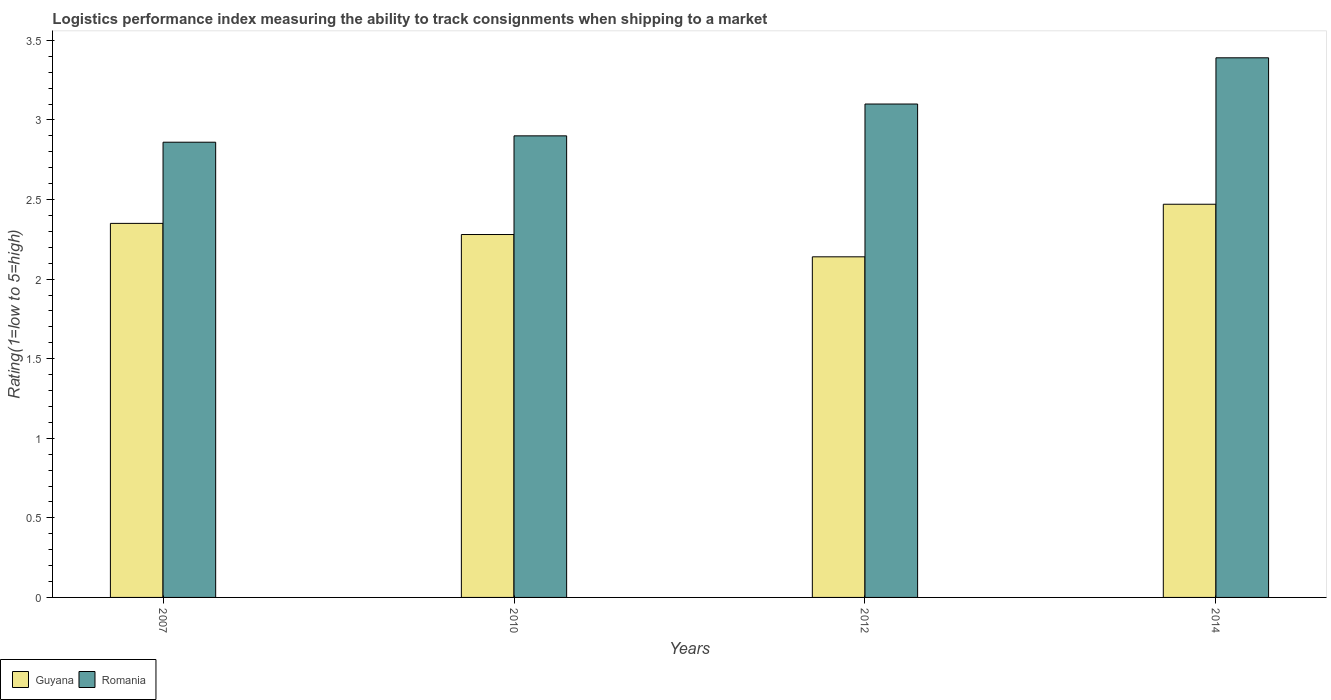
| Years | Guyana | Romania |
 | --- | --- | --- |
 | 2007 | 2.35 | 2.86 |
 | 2010 | 2.28 | 2.9 |
 | 2012 | 2.14 | 3.1 |
 | 2014 | 2.47 | 3.39 |